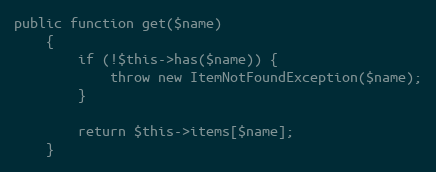
Language: PHP
public function get($name)
    {
        if (!$this->has($name)) {
            throw new ItemNotFoundException($name);
        }

        return $this->items[$name];
    }